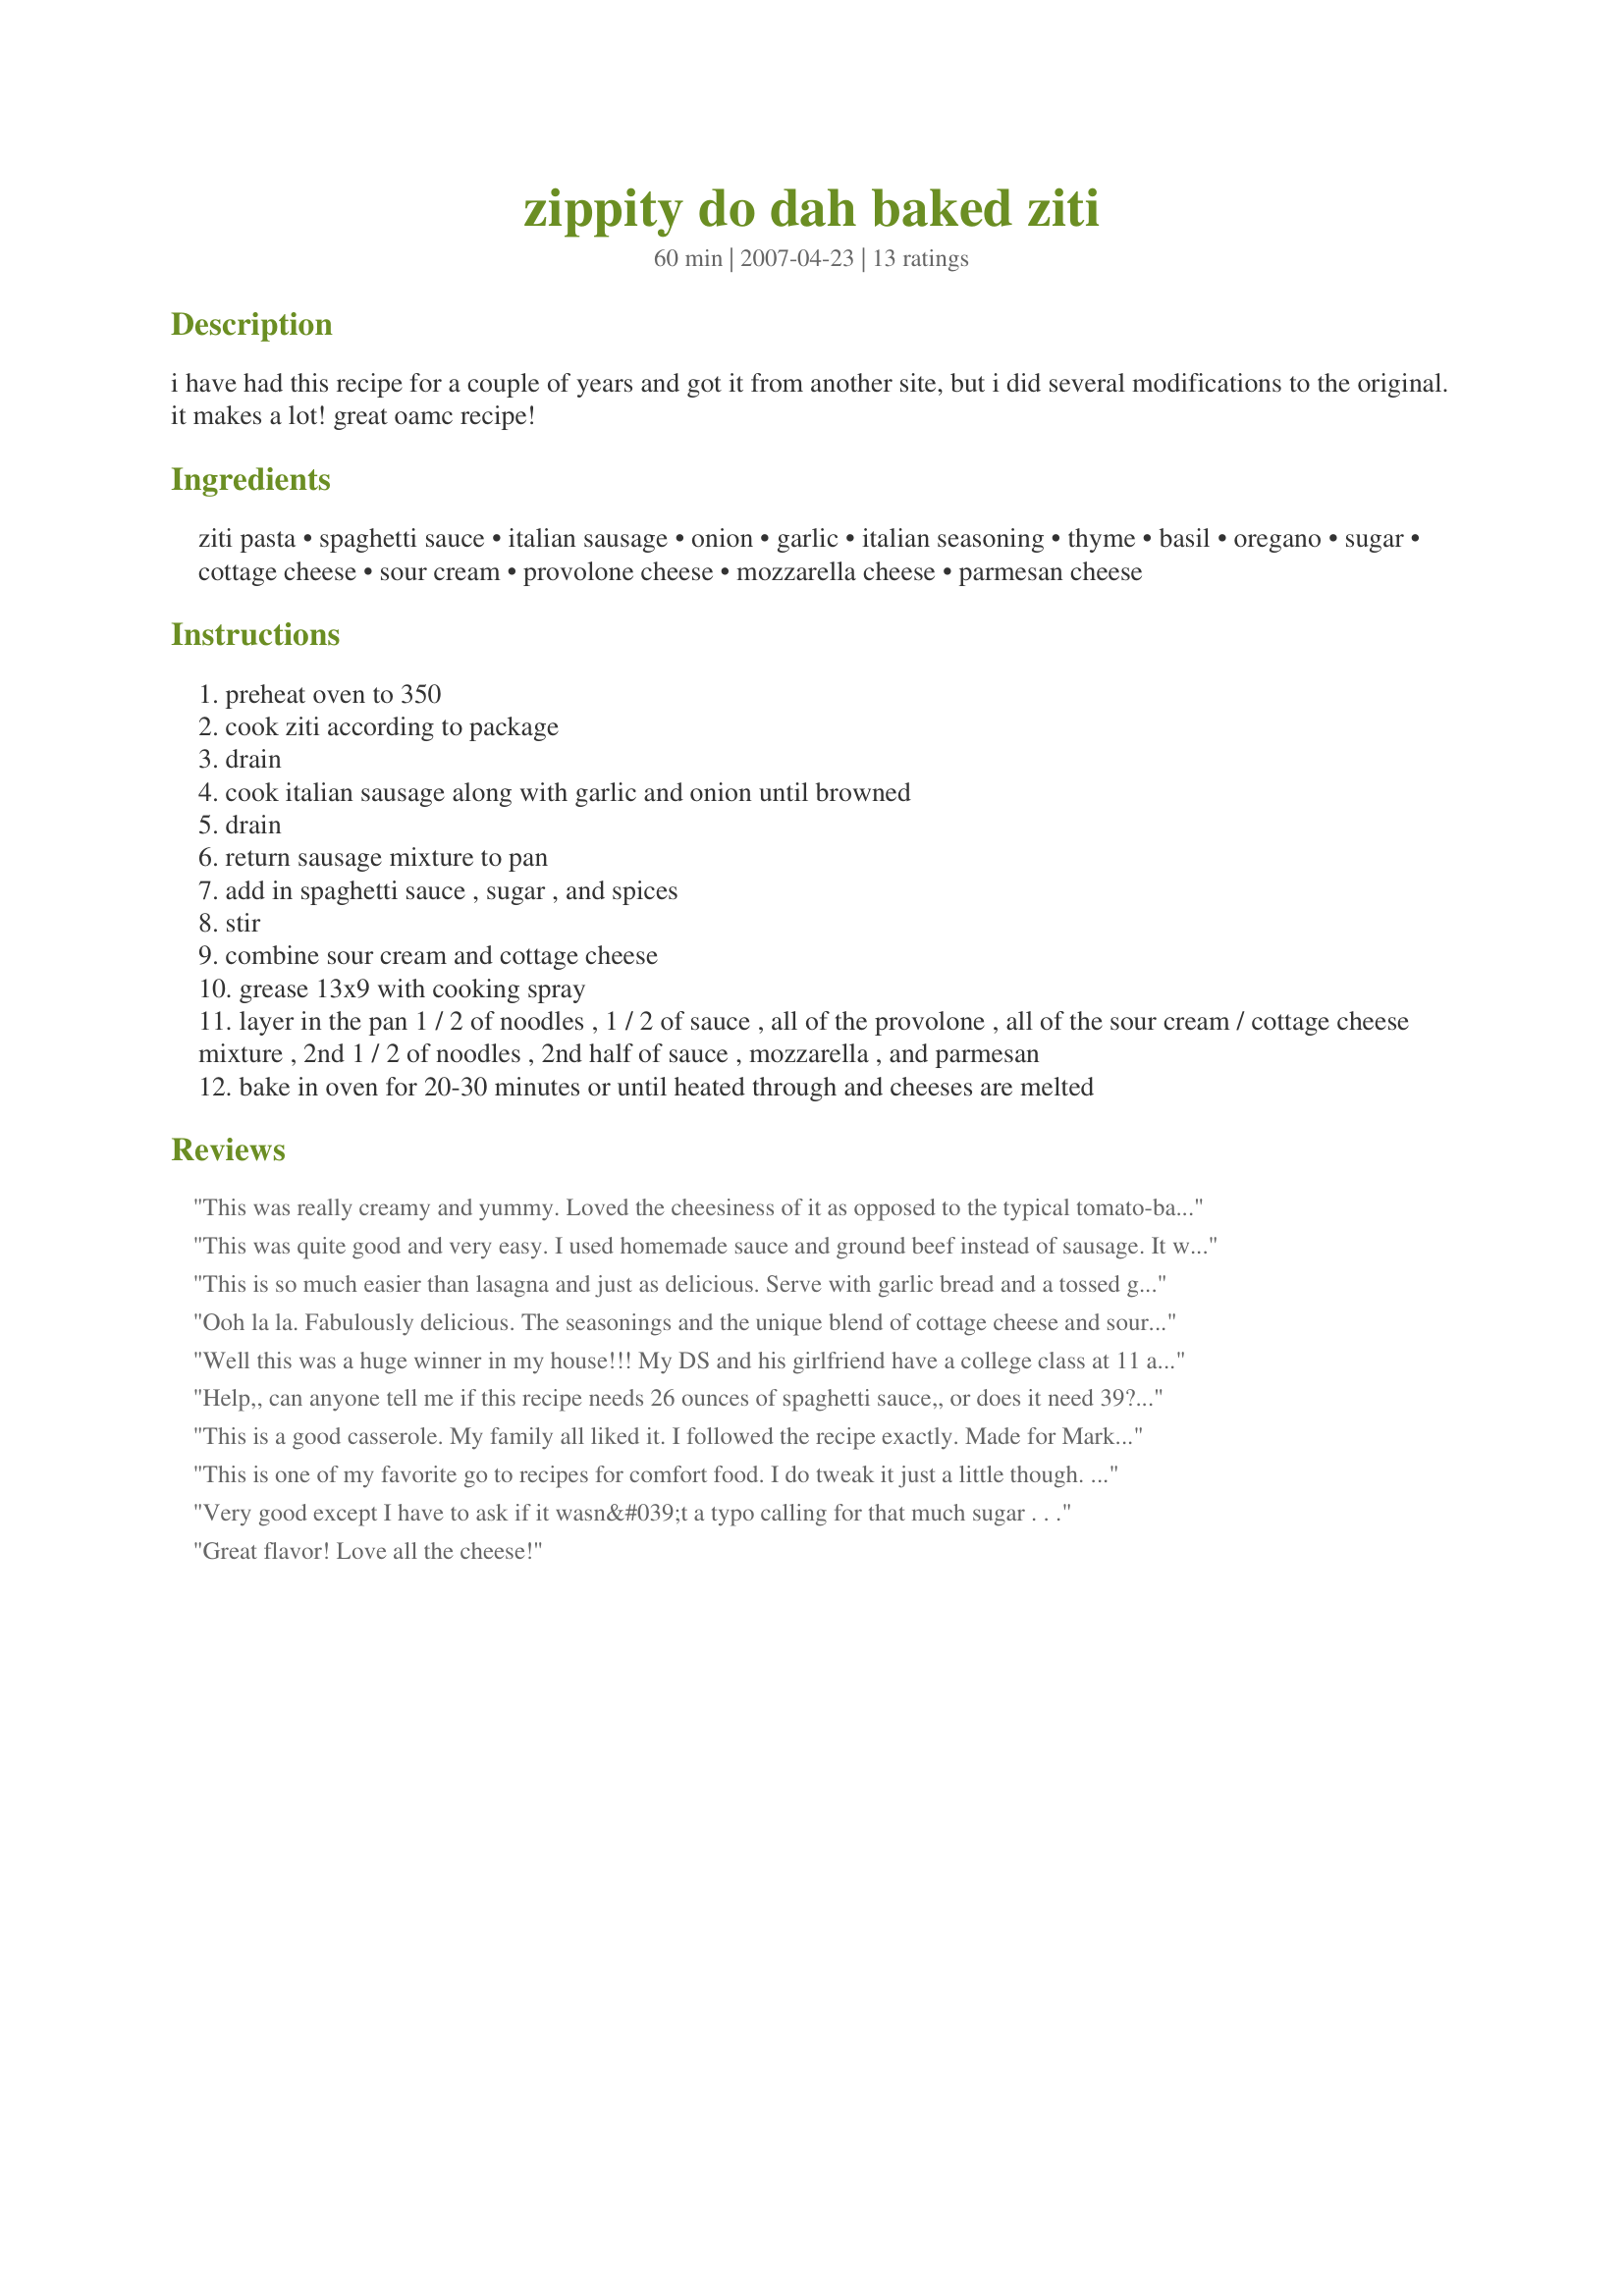
zippity do dah baked ziti
Preparation time: 60 minutes

i have had this recipe for a couple of years and got it from another site, but i did several modifications to the original. it makes a lot! great oamc recipe!

Ingredients:
ziti pasta, spaghetti sauce, italian sausage, onion, garlic, italian seasoning, thyme, basil, oregano, sugar, cottage cheese, sour cream, provolone cheese, mozzarella cheese, parmesan cheese

Steps:
preheat oven to 350
cook ziti according to package
drain
cook italian sausage along with garlic and onion until browned
drain
return sausage mixture to pan
add in spaghetti sauce , sugar , and spices
stir
combine sour cream and cottage cheese
grease 13x9 with cooking spray
layer in the pan 1 / 2 of noodles , 1 / 2 of sauce , all of the provolone , all of the sour cream / cottage cheese mixture , 2nd 1 / 2 of noodles , 2nd half of sauce , mozzarella , and parmesan
bake in oven for 20-30 minutes or until heated through and cheeses are melted

Reviews:
This was really creamy and yummy. Loved the cheesiness of it as opposed to the typical tomato-based ziti w/out the creaminess. I used 1/8 c. of sugar and still thought it was a little too sweet. Next time I'll just use a Tbl or so. Very good. Thank you! My son is 17 months and he loved it too!
This was quite good and very easy. I used homemade sauce and ground beef instead of sausage. It went together very easy and there weren't any leftovers! I also omitted the sugar. I think next time I would add mozzarella and parmesan to the each layer, I like it cheesy!
This is so much easier than lasagna and just as delicious. Serve with garlic bread and a tossed green salad (don't forget the feta cheese and Italian olives) and you have a great meal for a crowd. How about some Spumoni ice cream for dessert? I love Italian dishes like this!
Ooh la la. Fabulously delicious. The seasonings and the unique blend of cottage cheese and sour cream with the Italian seasoning gives this recipe a unique flavor.
Well this was a huge winner in my house!!! My DS and his girlfriend have a college class at 11 am and then another at 5:15 and don't get home till 7:30-7:45 pm and they both had seconds. They both want me to make it again!! I did change things up, as I don't like the jarred sauce, so made my own with our amounts for seasoning, but followed the rest of the recipe as stated with the cottage cheese and sour cream (new to me) but we loved it!! Thanks again and made for Please Review My Recipe Tag Game, one I am for sure to make again!!
Help,, can anyone tell me if this recipe needs 26 ounces of spaghetti sauce,, or does it need 39?? 1.5 of a 26 ounce can of sauce would be 39 ounces. Or,, is it just requiring 26 ounces?? I&#039;m really not the type of person that gets annoyed too easily, but listing the ingredients in such a way (where it can be interpreted differently) does drive me crazy. &lt;br/&gt;&lt;br/&gt;than you for your help
This is a good casserole. My family all liked it. I followed the recipe exactly. Made for Market Tag07
This is one of my favorite go to recipes for comfort food. I do tweak it just a little though. I leave out the sugar and spices completely except the garlic and onion. I find that if I buy my favorite jarred sauce I really don't need anything extra. Beyond that I leave it as is and love it every time. This is also my favorite dish to freeze and give because it thaws and cooks so well.
Very good except I have to ask if it wasn&#039;t a typo calling for that much sugar . . .
Great flavor! Love all the cheese!
Great family meal. Easy to make and everyone loved it. Omitted the sugar, and divided the dish in half, making an 11x7 pan for dinner immediately, and freezing the rest in a deep-dish 9-inch foil pan for later. Thanks for sharing the recipe!
This is a tasty baked ziti recipe. I followed the recipe exactly and it was delicious. I used the high end of sugar and it was just right for us as we like sweet sauce. The seasonings are right on. You could also substitute ground beef in this recipe and it would also taste wonderful. Thanks for sharing.
excellent recipe!!! i used 4 garlic cloves and added bell peppers, too. i omitted the sugar. i used ricotta instead of cottage cheese since that's what i had on hand! loved it!! also, i made this up a day ahead of time. worked like a charm!! thanks for this keeper, sweetslady!! will make many more times! made for "went to the market" tag game...
